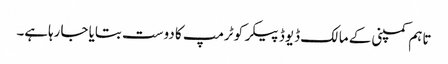
تاہم کمپنی کے مالک ڈیوڈ پیکر کو ٹرمپ کا دوست بتایا جارہاہے۔